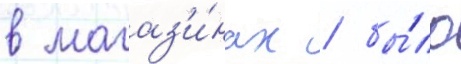
в магаз'и́нах / бы́ло